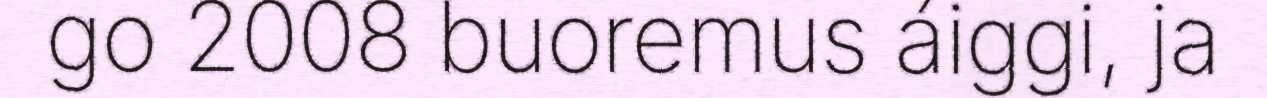
go 2008 buoremus áiggi, ja